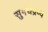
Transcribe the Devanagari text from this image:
सुगंधद्रव्य